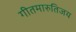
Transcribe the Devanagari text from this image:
गीतमारुतिजय